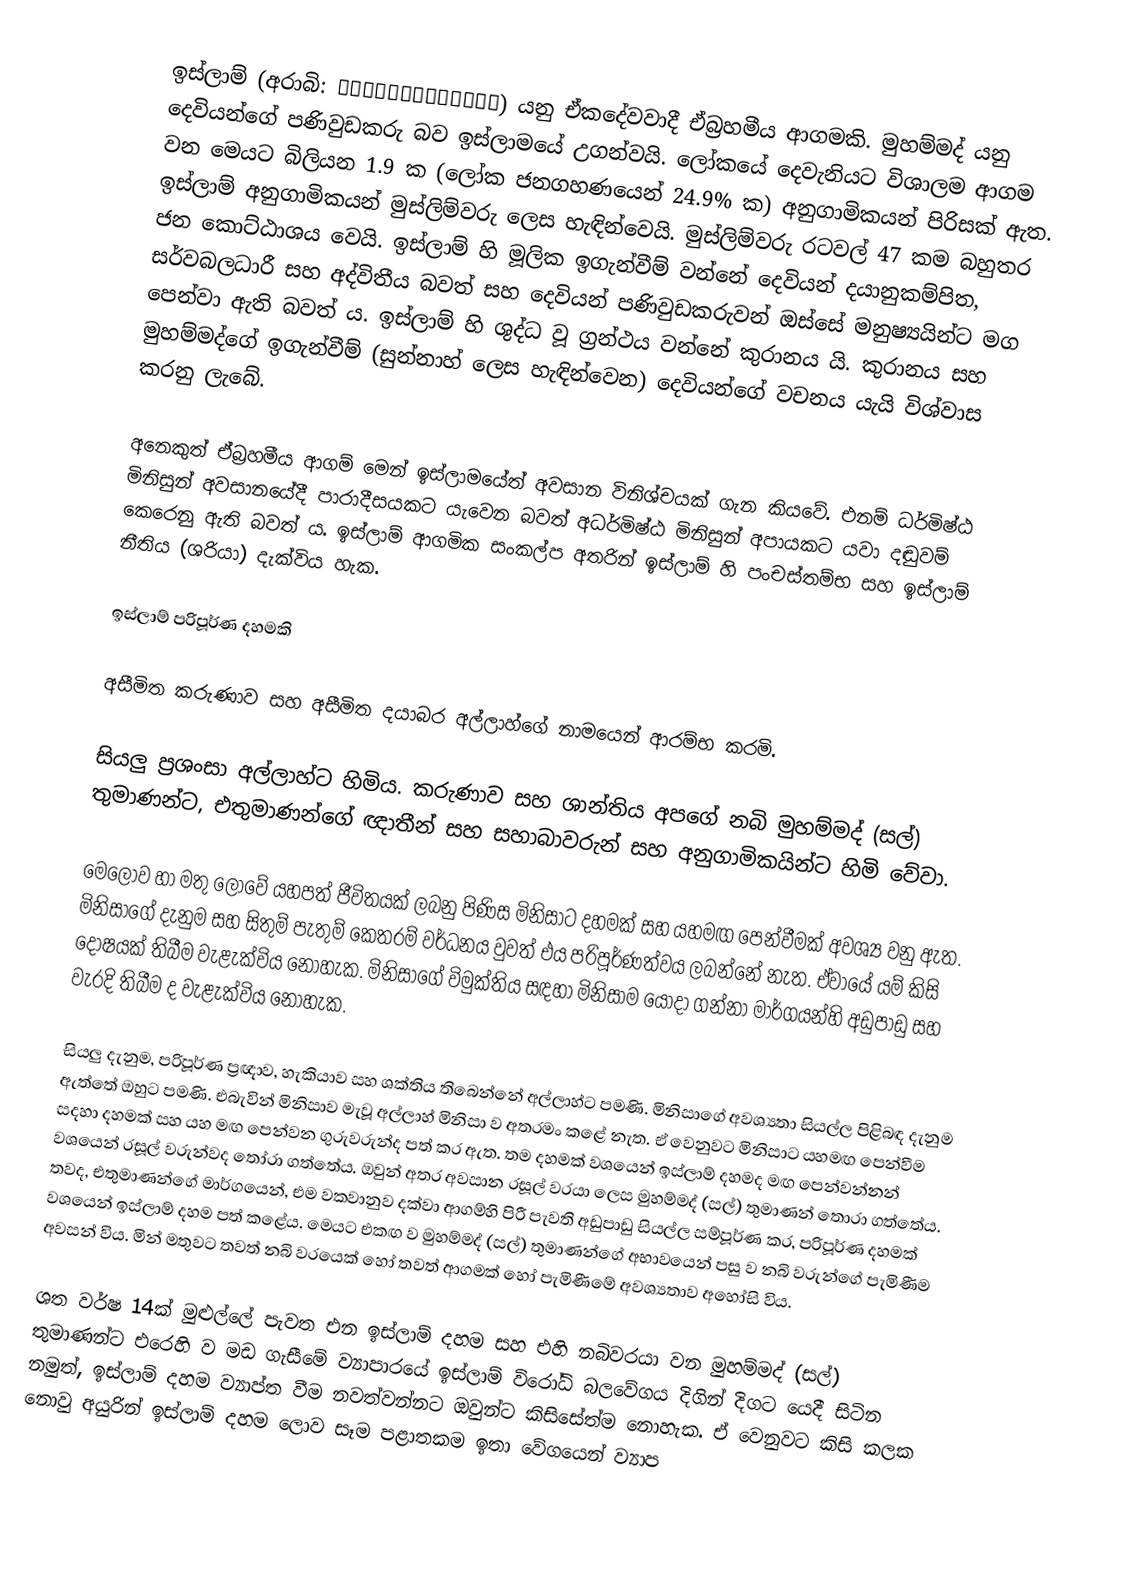
ඉස්ලාම් (අරාබි: اَلْإِسْلَامُ) යනු ඒකදේවවාදී ඒබ්‍රහමීය ආගමකි. මුහම්මද් යනු දෙවියන්ගේ පණිවුඩකරු බව ඉස්ලාමයේ උගන්වයි. ලෝකයේ දෙවැනියට විශාලම ආගම වන මෙයට බිලියන 1.9 ක (ලෝක ජනගහණයෙන් 24.9% ක) අනුගාමිකයන් පිරිසක් ඇත. ඉස්ලාම් අනුගාමිකයන් මුස්ලිම්වරු ලෙස හැඳින්වෙයි. මුස්ලිම්වරු රටවල් 47 කම බහුතර ජන කොට්ඨාශය වෙයි. ඉස්ලාම් හි මූලික ඉගැන්වීම් වන්නේ දෙවියන් දයානුකම්පිත, සර්වබලධාරී සහ අද්විතීය බවත් සහ දෙවියන් පණිවුඩකරුවන් ඔස්සේ මනුෂ්‍යයින්ට මග පෙන්වා ඇති බවත් ය. ඉස්ලාම් හි ශුද්ධ වූ ග්‍රන්ථය වන්නේ කුරානය යි. කුරානය සහ මුහම්මද්ගේ ඉගැන්වීම් (සුන්නාහ් ලෙස හැඳින්වෙන) දෙවියන්ගේ වචනය යැයි විශ්වාස කරනු ලැබේ.

අනෙකුත් ඒබ්‍රහමීය ආගම් මෙන් ඉස්ලාමයේත් අවසාන විනිශ්චයක් ගැන කියවේ. එනම් ධර්මිෂ්ඨ මිනිසුන් අවසානයේදී පාරාදීසයකට යැවෙන බවත් අධර්මිෂ්ඨ මිනිසුන් අපායකට යවා දඬුවම් කෙරෙනු ඇති බවත් ය. ඉස්ලාම් ආගමික සංකල්ප අතරින් ඉස්ලාම් හි පංචස්තම්භ සහ ඉස්ලාම් නීතිය (ශරියා) දැක්විය හැක.

ඉස්ලාම් පරිපූර්ණ දහමකි

අසීමිත කරුණාව සහ අසීමිත දයාබර අල්ලාහ්ගේ නාමයෙන් ආරම්භ කරමි.

සියලු ප්‍රශංසා අල්ලාහ්ට හිමිය. කරුණාව සහ ශාන්තිය අපගේ නබි මුහම්මද් (සල්) තුමාණන්ට, එතුමාණන්ගේ ඥාතීන් සහ සහාබාවරුන් සහ අනුගාමිකයින්ට හිමි වේවා.

මෙලොව හා මතු ලොවේ යහපත් ජීවිතයක් ලබනු පිණිස මිනිසාට දහමක් සහ යහමඟ පෙන්වීමක් අවශ්‍ය වනු ඇත. මිනිසාගේ දැනුම සහ සිතුම් පැතුම් කෙතරම් වර්ධනය වුවත් එය පරිපූර්ණත්වය ලබන්නේ නැත. ඒවායේ යම් කිසි දෝෂයක් තිබීම වැළැක්විය නොහැක. මිනිසාගේ විමුක්තිය සඳහා මිනිසාම යොදා ගන්නා මාර්ගයන්හි අඩුපාඩු සහ වැරදි තිබීම ද වැළැක්විය නොහැක.

සියලු දැනුම, පරිපූර්ණ ප්‍රඥාව, හැකියාව සහ ශක්තිය තිබෙන්නේ අල්ලාහ්ට පමණි. මිනිසාගේ අවශ්‍යතා සියල්ල පිළිබඳ දැනුම ඇත්තේ ඔහුට පමණි. එබැවින් මිනිසාව මැවූ අල්ලාහ් මිනිසා ව අතරමං කළේ නැත. ඒ වෙනුවට මිනිසාට යහමඟ පෙන්වීම සදහා දහමක් සහ යහ මඟ පෙන්වන ගුරුවරුන්ද පත් කර ඇත. තම දහමක් වශයෙන් ඉස්ලාම් දහමද මඟ පෙන්වන්නන් වශයෙන් රසූල් වරුන්වද තෝරා ගත්තේය. ඔවුන් අතර අවසාන රසූල් වරයා ලෙස මුහම්මද් (සල්) තුමාණන් තොරා ගත්තේය. තවද, එතුමාණන්ගේ මාර්ගයෙන්, එම වකවානුව දක්වා ආගම්හි පිරී පැවති අඩුපාඩු සියල්ල සම්පූර්ණ කර, පරිපූර්ණ දහමක් වශයෙන් ඉස්ලාම් දහම පත් කළේය. මෙයට එකඟ ව මුහම්මද් (සල්) තුමාණන්ගේ අභාවයෙන් පසු ව නබි වරුන්ගේ පැමිණීම අවසන් විය. මින් මතුවට තවත් නබි වරයෙක් හෝ තවත් ආගමක් හෝ පැමිණීමේ අවශ්‍යතාව අහෝසි විය.

ශත වර්ෂ 14ක් මුළුල්ලේ පැවත එන ඉස්ලාම් දහම සහ එහි නබිවරයා වන මුහම්මද් (සල්) තුමාණන්ට එරෙහි ව මඩ ගැසීමේ ව්‍යාපාරයේ ඉස්ලාම් විරෝධි බලවේගය දිගින් දිගට යෙදී සිටින නමුත්, ඉස්ලාම් දහම ව්‍යාප්ත වීම නවත්වන්නට ඔවුන්ට කිසිසේත්ම නොහැක. ඒ වෙනුවට කිසි කලක නොවු අයුරින් ඉස්ලාම් දහම ලොව සෑම පළාතකම ඉතා වේගයෙන් ව්‍යාප